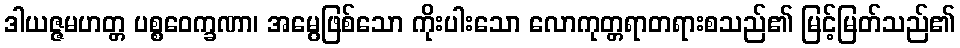
ဒါယဇ္ဇမဟတ္တ ပစ္စဝေက္ခဏာ၊ အမွေဖြစ်သော ကိုးပါးသော လောကုတ္တရာတရားစသည်၏ မြင့်မြတ်သည်၏